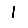
Digit: 1